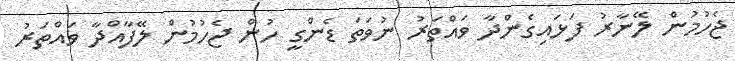
ޖެހުމުން ލޭނާރު ފަޅައިގެންދާ ވައްތަރު ނުވަތަ ޑެންގީ ހުން ޖެހުމުން ލޭފާއްދާ ވައްތަރު